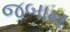
જબાન